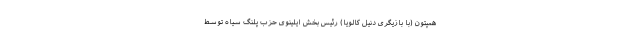
همپتون (با بازیگری دنیل کالویا) رئیس بخش ایلینوی حزب پلنگ سیاه توسط